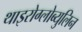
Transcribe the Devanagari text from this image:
थाइरोग्लोब्युलिन